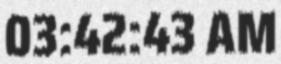
03:42:43 AM